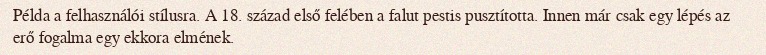
Példa a felhasználói stílusra. A 18. század első felében a falut pestis pusztította. Innen már csak egy lépés az erő fogalma egy ekkora elmének.